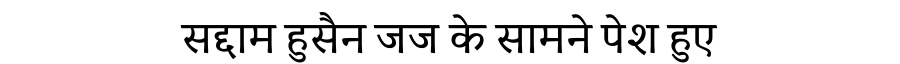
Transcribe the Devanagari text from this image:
सद्दाम हुसैन जज के सामने पेश हुए